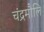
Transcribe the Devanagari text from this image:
चंद्रमौलि